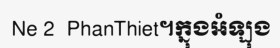
Ne 2  PhanThiet។ក្នុងអំឡុង